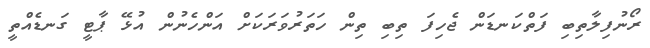
ރޯނުފިލާތިބި ފަތްކަނޑަން ޖެހިފަ ތިބި ތިން ހަތަރުވަރަކަށް އަންހެނުން އުޅޭ ޕާޓީ ގަނޑެއްތީ